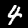
Digit: 4